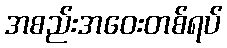
အစည်းအဝေးတစ်ရပ်